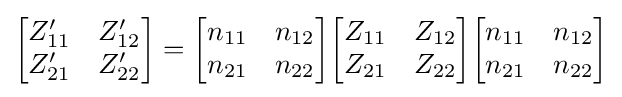
{\begin{bmatrix}Z'_{11}&Z'_{12}\\Z'_{21}&Z'_{22}\end{bmatrix}}={\begin{bmatrix}n_{11}&n_{12}\\n_{21}&n_{22}\end{bmatrix}}{\begin{bmatrix}Z_{11}&Z_{12}\\Z_{21}&Z_{22}\end{bmatrix}}{\begin{bmatrix}n_{11}&n_{12}\\n_{21}&n_{22}\end{bmatrix}}